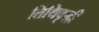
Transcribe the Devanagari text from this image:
तिथिवृद्धी